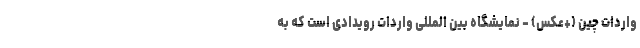
واردات چین (+عکس) - نمایشگاه بین المللی واردات رویدادی است که به